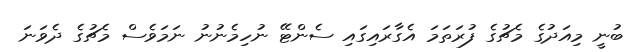
ބުނީ މިއަދުގެ މެޗުގެ ފުރަތަމަ އެގާރައިގައި ސެންޓޭ ނުހިމެނުނު ނަމަވެސް މެޗުގެ ދެވަނަ